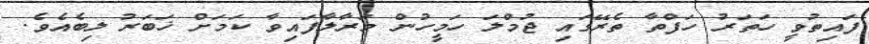
ފައިތުވީ ހަތަރު ހަފްތާ ތެރޭގައި ޖުމްލަ ހަމީހުން މަރާލާފައިވާ ކަމަށް ޚަބަރު ލިބެއެވެ.